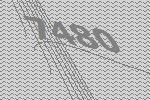
7480